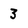
Character: 3